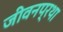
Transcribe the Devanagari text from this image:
जीवनप्रथा